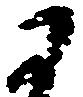
于